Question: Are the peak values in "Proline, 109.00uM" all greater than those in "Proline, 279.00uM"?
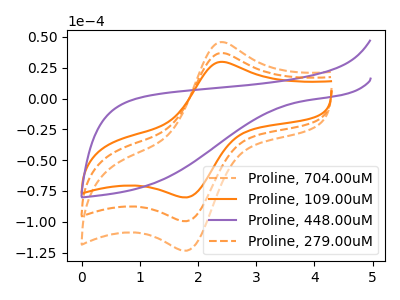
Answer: <think>The orange dashed curve "Proline, 704.00uM" has an anodic peak at (2.40V, 73.85uA) and a cathodic peak at (1.80V, -199.25uA). The orange curve "Proline, 109.00uM" has an anodic peak at (2.40V, 29.75uA) and a cathodic peak at (1.80V, -80.30uA). The purple curve "Proline, 448.00uM" has no peaks. The orange dashed curve "Proline, 279.00uM" has an anodic peak at (2.40V, 36.90uA) and a cathodic peak at (1.80V, -99.65uA).</think>
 <answer>Every peak in "Proline, 109.00uM" is lower than every peak in "Proline, 279.00uM".</answer>
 <eval>lower</eval>